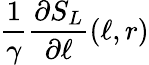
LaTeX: \frac{1}{\gamma}\frac{\partial S_{L}}{\partial\ell}(\ell,r)